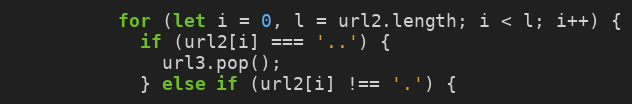
Language: JavaScript
          for (let i = 0, l = url2.length; i < l; i++) {
            if (url2[i] === '..') {
              url3.pop();
            } else if (url2[i] !== '.') {